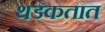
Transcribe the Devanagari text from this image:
थडकतात